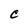
Character: C